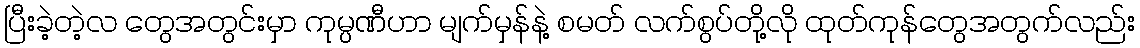
ပြီးခဲ့တဲ့လ တွေအတွင်းမှာ ကုမ္ပဏီဟာ မျက်မှန်နဲ့ စမတ် လက်စွပ်တို့လို ထုတ်ကုန်တွေအတွက်လည်း